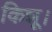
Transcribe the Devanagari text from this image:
किन्नू।